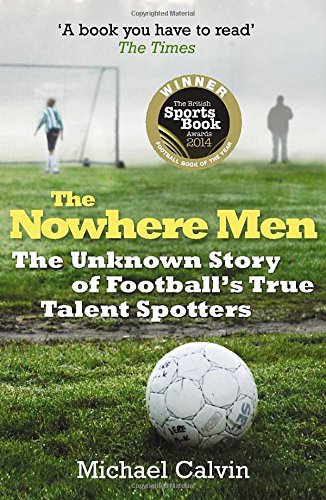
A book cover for The Nowhere Men: The Unknown Story of Football's True Talent Spotters; Michael Calvin; Biographies & Memoirs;